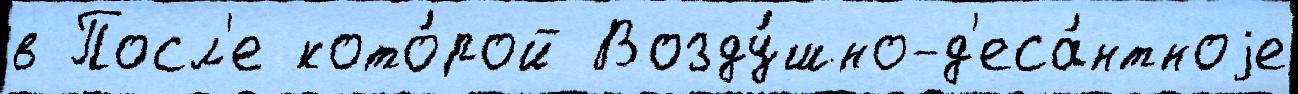
в Посл'е кото́рой Возду́шно-д'еса́нтноjе